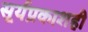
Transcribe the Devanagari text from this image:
सूर्यप्रकाशही